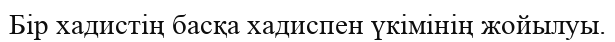
Бір хадистің басқа хадиспен үкімінің жойылуы.